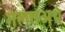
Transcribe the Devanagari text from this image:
गलतअर्थ